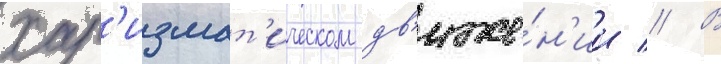
хар'измат'ическом дв'иже́н'ии // В